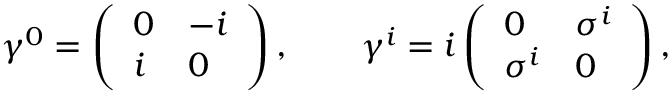
\gamma ^ { 0 } = \left( \begin{array} { l l } { { 0 } } & { { - i } } \\ { { i } } & { { 0 } } \end{array} \right) , \qquad \gamma ^ { i } = i \left( \begin{array} { l l } { { 0 } } & { { \sigma ^ { i } } } \\ { { \sigma ^ { i } } } & { { 0 } } \end{array} \right) ,